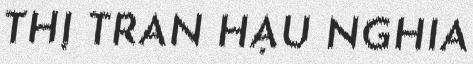
THỊ TRẤN HẬU NGHĨA